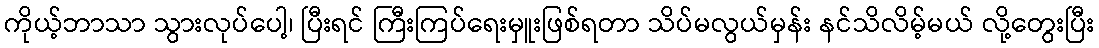
ကိုယ့်ဘာသာ သွားလုပ်ပေါ့၊ ပြီးရင် ကြီးကြပ်ရေးမှူးဖြစ်ရတာ သိပ်မလွယ်မှန်း နင်သိလိမ့်မယ် လို့တွေးပြီး